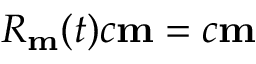
R _ { \bf m } ( t ) c { \bf m } = c { \bf m }